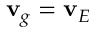
{ \bf { v } } _ { g } = { \bf { v } } _ { E }